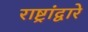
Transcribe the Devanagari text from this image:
राष्ट्रांद्वारे